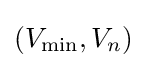
(V_{\min },V_{n})